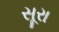
સૂરા